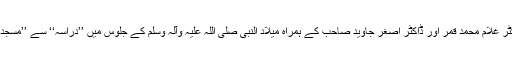
مجھے یاد پڑتا ہے کہ آخری مرتبہ ڈاکٹر غلام محمد قمر اور ڈاکٹر اصغر جاوید صاحب کے ہمراہ میلاد النبی صلی اللہ علیہ وآلہ وسلم کے جلوس میں ’’درّاسہ‘‘ سے ’’مسجد سیدنا الحسین‘‘ تک حاضری ہوئی تھی۔